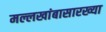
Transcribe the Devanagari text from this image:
मल्लखांबासारख्या